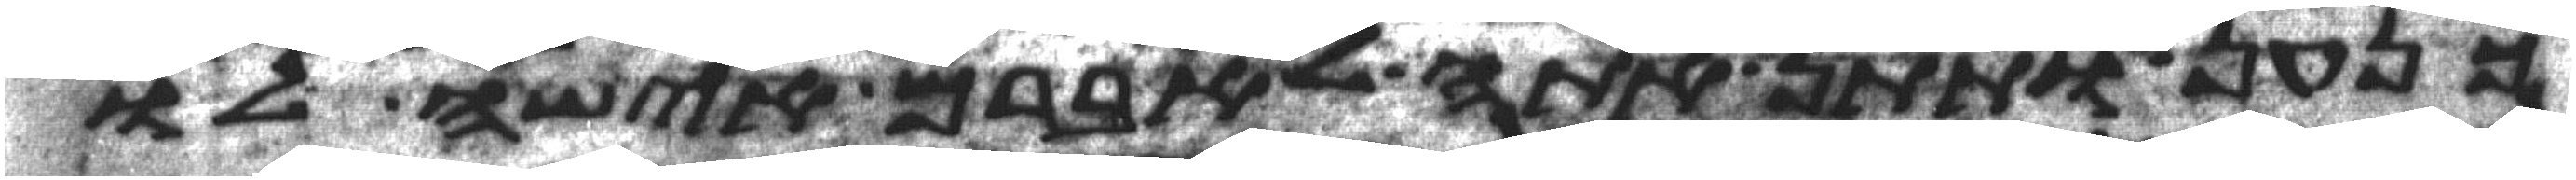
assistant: כנען ותתן אתה לאברם אישה לו